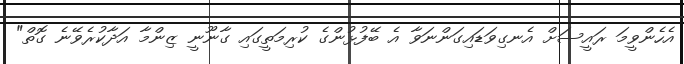
އެހެންވީމަ ރައީސަށް އެނގިވަޑައިގަންނަވާ އެ ބޭފުޅުންގެ ކުރިމަތީގައި ގާނޫނީ ޒިންމާ އަދާކުރެވޭނެ ގޮތް"